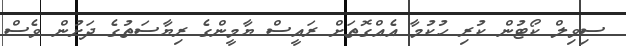
ސިވިލް ކޯޓުން ކުރި ހުކުމާ އެއްގޮތަށް ރައީސް ޔާމީންގެ ރިޔާސަތުގެ ދަށުން ވެސް